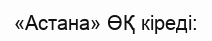
«Астана» ӨҚ кіреді: